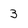
Character: 3